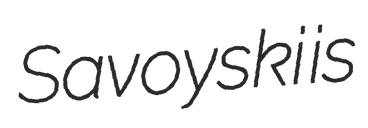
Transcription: Savoyski is